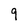
Character: 9